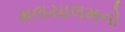
મલયાલમનો